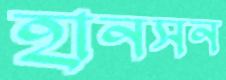
হানসন